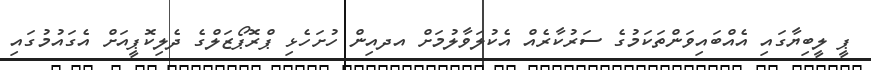
ޕީ ލީބިޔާގައި އެއްބައިވަންތަކަމުގެ ސަރުކާރެއް އެކުލަވާލުމަށް އދއިން ހުށަހެޅި ޕްރޮޕޯޒަލްގެ ދެލިކޮޕީއަށް އެގައުމުގައި